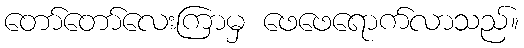
တော်တော်လေးကြာမှ ဖေဖေရောက်လာသည်။